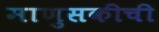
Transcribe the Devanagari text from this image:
माणुसकीची